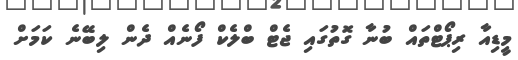
މީޑިއާ ރިޕޯޓްތައް ބުނާ ގޮތުގައި ޖެޓް ބްލެކް ފޯނެއް ދެން ލިބޭނެ ކަމަށް